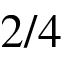
2 / 4